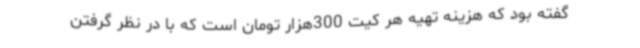
گفته بود که هزینه تهیه هر کیت 300‌هزار تومان است که با در نظر گرفتن